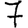
Digit: 7